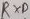
Text: RXD